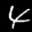
Label: 4